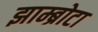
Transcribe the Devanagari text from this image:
झाम्ब्रोटा